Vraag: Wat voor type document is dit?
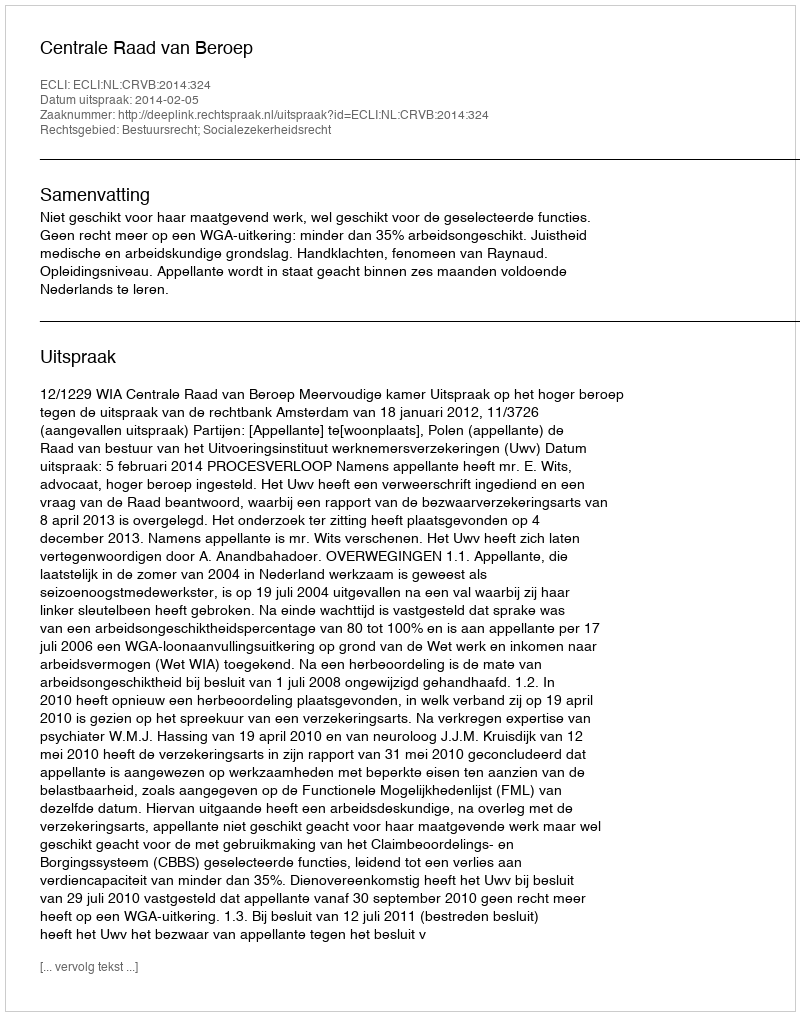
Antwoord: Uitspraak